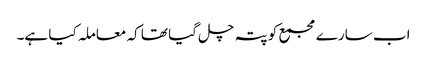
اب سارے مجمع کو پتہ چل گیا تھا کہ معاملہ کیا ہے۔